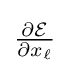
{\textstyle {\frac {\partial {\mathcal {E}}}{\partial x_{\ell }}}}